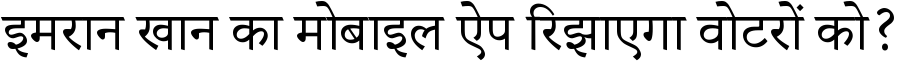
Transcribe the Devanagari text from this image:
इमरान खान का मोबाइल ऐप रिझाएगा वोटरों को?